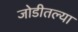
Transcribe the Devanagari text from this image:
जोडीतल्या